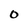
Character: 0